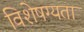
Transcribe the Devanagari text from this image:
विशेषग्यता